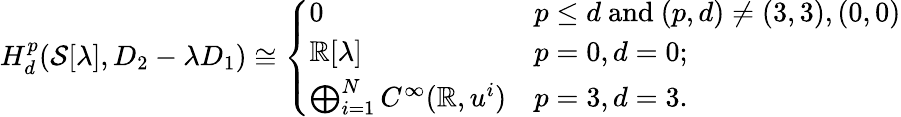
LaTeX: \begin{array}{r}{H_{d}^{p}(\mathcal{S}[\lambda],D_{2}-\lambda D_{1})\cong\left\{ \begin{array}{ll}{0}&{p\leq d\mathrm{~and~}(p,d)\not=(3,3),(0,0)}\\ {\mathbb{R}[\lambda]}&{p=0,d=0;}\\ {\bigoplus_{i=1}^{N}C^{\infty}(\mathbb{R},u^{i})}&{p=3,d=3.}\end{array}\right.}\end{array}